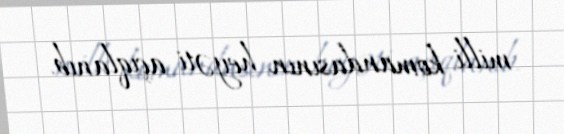
milli komandasının heyəti açıqlanıb.